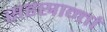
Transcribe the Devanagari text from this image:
सहस्रान्तां